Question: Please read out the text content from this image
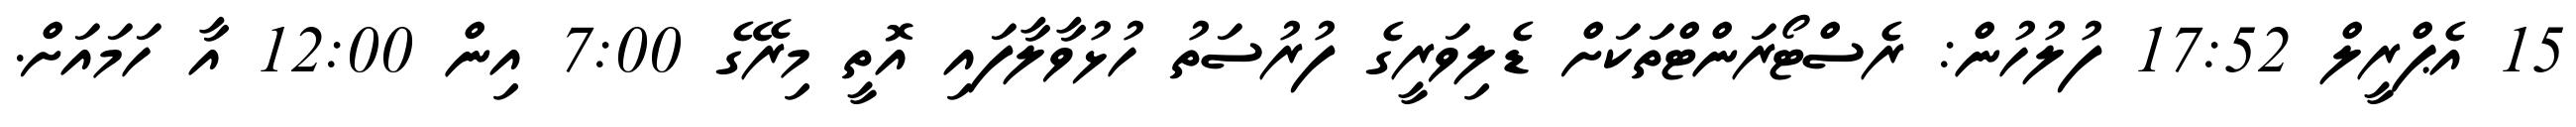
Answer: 15 އެޕްރީލް 17:52 ފުލުހުން: ރެސްޓޯރަންޓްތަކަށް ޑެލިވަރީގެ ފުރުސަތު ހުޅުވާލާފައި އޮތީ މިރޭގެ 7:00 އިން 12:00 އާ ހަމައަށް.